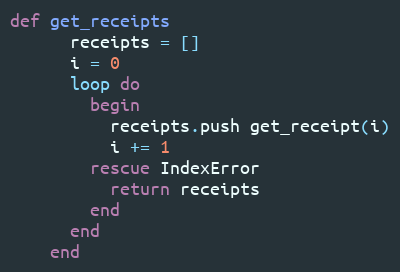
Language: Ruby
def get_receipts
      receipts = []
      i = 0
      loop do
        begin
          receipts.push get_receipt(i)
          i += 1
        rescue IndexError
          return receipts
        end
      end
    end